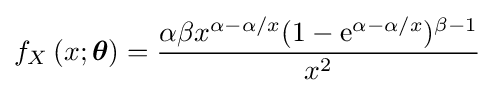
f_{X}\left(x;{\boldsymbol {\theta }}\right)={\frac {\alpha \beta x^{\alpha -\alpha /x}(1-\mathrm {e} ^{\alpha -\alpha /x})^{\beta -1}}{x^{2}}}